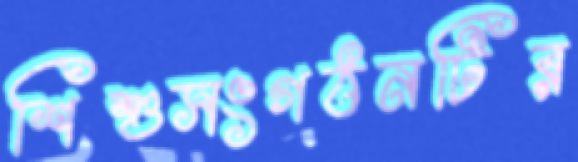
শিশুসংগঠনটির